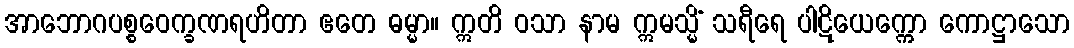
အာဘောဂပစ္စဝေက္ခဏရဟိတာ ဧတေ ဓမ္မာ။ ဣတိ ဝသာ နာမ ဣမသ္မိံ သရီရေ ပါဋိယေက္ကော ကောဋ္ဌာသော